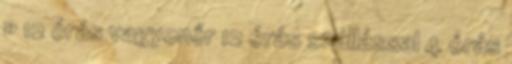
» 12 órás vagyonőr 12 órás szállással 4 órás